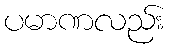
ပမာဏလည်း